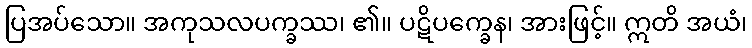
ပြအပ်သော။ အကုသလပက္ခဿ၊ ၏။ ပဋိပက္ခေန၊ အားဖြင့်။ ဣတိ အယံ၊